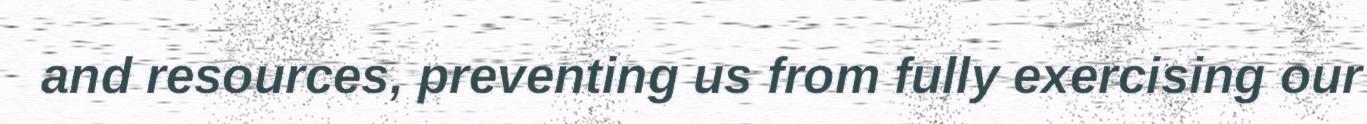
and resources, preventing us from fully exercising our